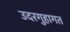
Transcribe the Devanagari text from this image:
उदरगुहागत